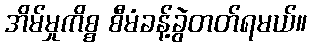
အိမ်မှုကိစ္စ စီမံခန့်ခွဲတတ်ရမယ်။